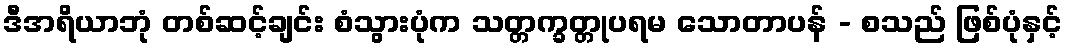
ဒီအရိယာဘုံ တစ်ဆင့်ချင်း စံသွားပုံက သတ္တက္ခတ္တုပရမ သောတာပန် - စသည် ဖြစ်ပုံနှင့်